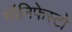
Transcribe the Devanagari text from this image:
मॉनिफेस्टो